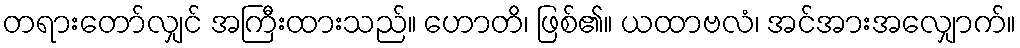
တရားတော်လျှင် အကြီးထားသည်။ ဟောတိ၊ ဖြစ်၏။ ယထာဗလံ၊ အင်အားအလျှောက်။